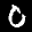
Label: 0